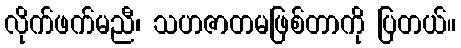
လိုက်ဖက်မညီ၊ သဟဇာတမဖြစ်တာကို ပြတယ်။